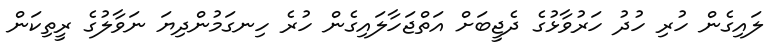
ލައިގެން ހުރި ހުދު ހަރުވާޅުގެ ދެޖީބަށް އަތްޖަހާލައިގެން ހުރެ ހިނގަމުންދިޔަ ނަވާލުގެ ރީތިކަން